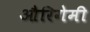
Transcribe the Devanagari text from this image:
औरिगेमी